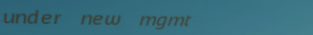
under new mgmt